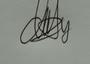
Signature authenticity: genuine